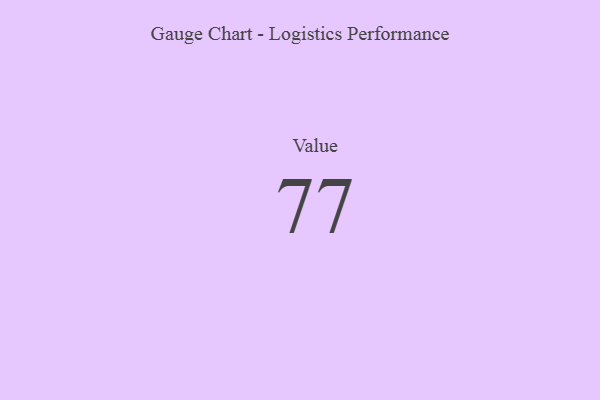
{"axis": {"x": "Metric", "y": "Value"}, "legend": [""], "data": [{"x": "Value", "y": 77, "type": ""}]}